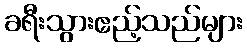
ခရီးသွားဧည့်သည်များ